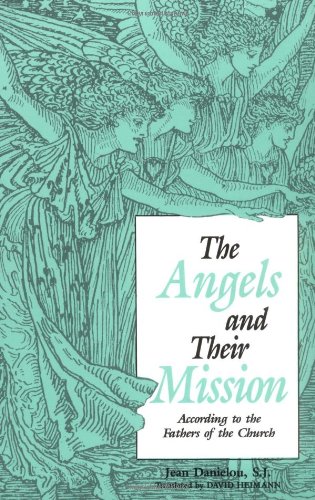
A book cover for The Angels and Their Mission: According to the Fathers of the Church; Jean Danielou; Christian Books & Bibles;